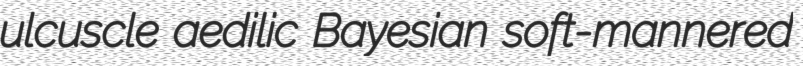
ulcuscle aedilic Bayesian soft-mannered